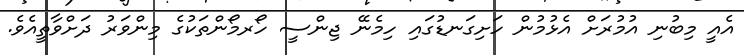
އެއީ މިބުނި އުމުރަށް އެޅުމުން ހަށިގަނޑުގައި ހިމެނޭ ޖިންސީ ހޯރމޯންތަކުގެ މިންވަރު ދަށްވާތީއެވެ.